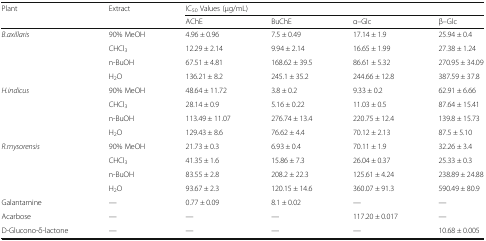
<table><thead><tr><td rowspan="2"><b>Plant</b></td><td rowspan="2"><b>Extract</b></td><td colspan="4"><b>IC<sub>50</sub> Values (μg/mL)</b></td></tr><tr><td><b>AChE</b></td><td><b>BuChE</b></td><td><b>α–Glc</b></td><td><b>β–Glc</b></td></tr></thead><tbody><tr><td rowspan="4"><i>B.axillaris</i></td><td>90% MeOH</td><td>4.96 ± 0.96</td><td>7.5 ± 0.49</td><td>17.14 ± 1.9</td><td>25.94 ± 0.4</td></tr><tr><td>CHCl<sub>3</sub></td><td>12.29 ± 2.14</td><td>9.94 ± 2.14</td><td>16.65 ± 1.99</td><td>27.38 ± 1.24</td></tr><tr><td>n-BuOH</td><td>67.51 ± 4.81</td><td>168.62 ± 39.5</td><td>86.61 ± 5.32</td><td>270.95 ± 34.09</td></tr><tr><td>H<sub>2</sub>O</td><td>136.21 ± 8.2</td><td>245.1 ± 35.2</td><td>244.66 ± 12.8</td><td>387.59 ± 37.8</td></tr><tr><td rowspan="4"><i>H.indicus</i></td><td>90% MeOH</td><td>48.64 ± 11.72</td><td>3.8 ± 0.2</td><td>9.33 ± 0.2</td><td>62.91 ± 6.66</td></tr><tr><td>CHCl<sub>3</sub></td><td>28.14 ± 0.9</td><td>5.16 ± 0.22</td><td>11.03 ± 0.5</td><td>87.64 ± 15.41</td></tr><tr><td>n-BuOH</td><td>113.49 ± 11.07</td><td>276.74 ± 13.4</td><td>220.75 ± 12.4</td><td>139.8 ± 15.73</td></tr><tr><td>H<sub>2</sub>O</td><td>129.43 ± 8.6</td><td>76.62 ± 4.4</td><td>70.12 ± 2.13</td><td>87.5 ± 5.10</td></tr><tr><td rowspan="4"><i>R.mysorensis</i></td><td>90% MeOH</td><td>21.73 ± 0.3</td><td>6.93 ± 0.4</td><td>70.11 ± 1.9</td><td>32.26 ± 3.4</td></tr><tr><td>CHCl<sub>3</sub></td><td>41.35 ± 1.6</td><td>15.86 ± 7.3</td><td>26.04 ± 0.37</td><td>25.33 ± 0.3</td></tr><tr><td>n-BuOH</td><td>83.55 ± 2.8</td><td>208.2 ± 22.3</td><td>125.61 ± 4.24</td><td>238.89 ± 24.88</td></tr><tr><td>H<sub>2</sub>O</td><td>93.67 ± 2.3</td><td>120.15 ± 14.6</td><td>360.07 ± 91.3</td><td>590.49 ± 80.9</td></tr><tr><td>Galantamine</td><td>—</td><td>0.77 ± 0.09</td><td>8.1 ± 0.02</td><td>—</td><td>—</td></tr><tr><td>Acarbose</td><td>—</td><td>—</td><td>—</td><td>117.20 ± 0.017</td><td>—</td></tr><tr><td>D-Glucono-δ-lactone</td><td>—</td><td>—</td><td>—</td><td>—</td><td>10.68 ± 0.005</td></tr></tbody></table>